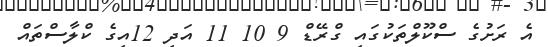
އެ ރަށުގެ ސްކޫލްތަކުގައި ގްރޭޑް 9 10 11 އަދި 12އިގެ ކްލާސްތައް